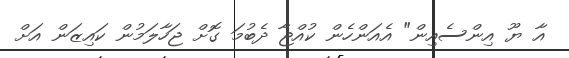
އާ ޔޫ އިންސެއިން" އެއަންހެން ކުއްޖާ ދެބުމަ ގޮށް ޖަހާލަމުން ކައިޒަން އަށް